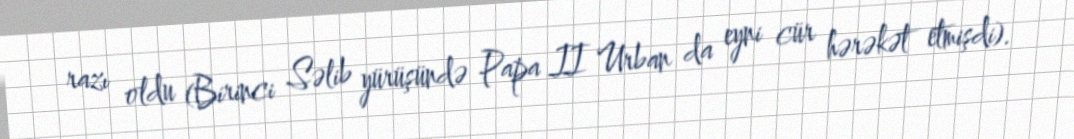
razı oldu (Birinci Səlib yürüşündə Papa II Urban da eyni cür hərəkət etmişdi).